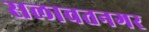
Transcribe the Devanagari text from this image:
सलावतनगर